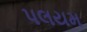
પલયમ